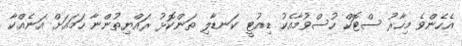
އެހެންވެ މިހާރު ސްޓޮކް ހުސްވުމާއެކު ޑިއުޓީ ކަނޑާލި ތަންކޮޅު ރައްޔިތުންނާ ހަމައަށް އަނެއްކާ